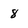
Character: 8